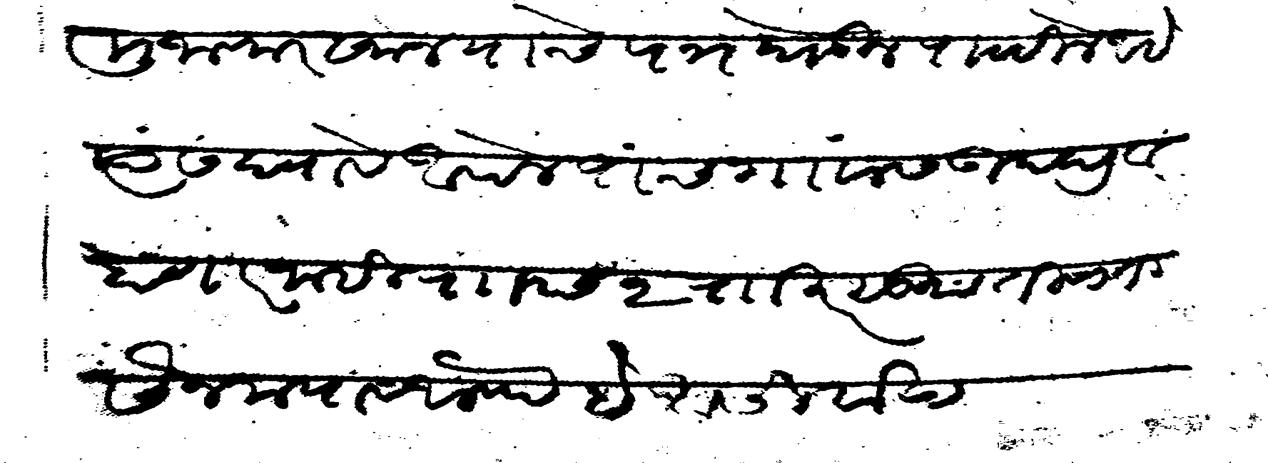
Transliteration (Devanagari): मुजाफर खान याचे पत्र घेऊन पाटविले आहे त्यास द्यावे आपले पांच गावांस उपद्रव होणार नाही र छ२ र खर सु तीसा तीसैन मया व अलफ हे आसीर्वाद